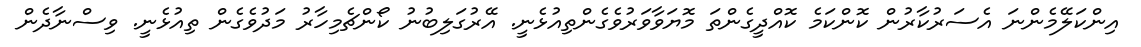
އިންކަލޭމެންނަ އެސަރުކާރުން ކޮންކަމެ ކޮއްދީގެންތަ މޮޔަވާވަރުވެގެންތިއުޅެނީ. އޭރުގަލިބުނު ކޯންޗެމިހާރު މަދުވެގެން ތިއުޅެނީ. ވިސްނާދެން